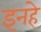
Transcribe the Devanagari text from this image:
इनहे